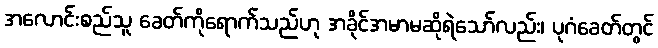
အလောင်းစည်သူ ခေတ်ကိုရောက်သည်ဟု အခိုင်အမာမဆိုရဲသော်လည်း၊ ပုဂံခေတ်တွင်